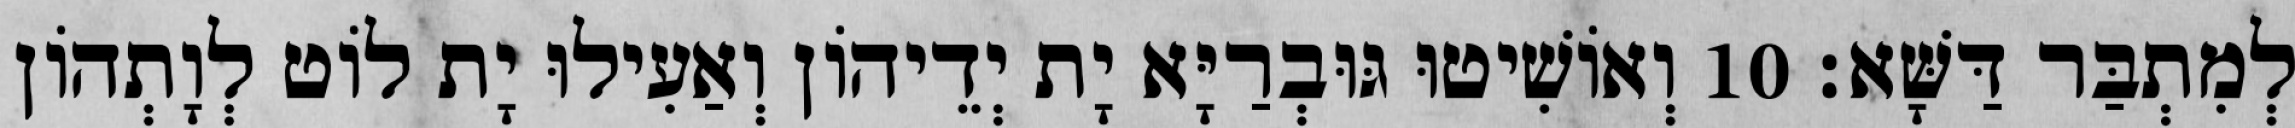
לְמִתְבַּר דַּשָּׁא׃ 10 וְאוֹשִׁיטוּ גּוּבְרַיָּא יָת יְדֵיהוֹן וְאַעִילוּ יָת לוֹט לְוָתְהוֹן